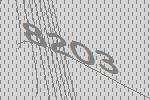
8203